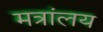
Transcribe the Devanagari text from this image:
मत्रांलय